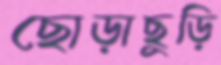
ছোড়াছুড়ি